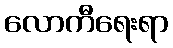
လောကီရေးရာ